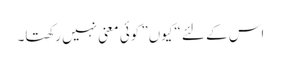
اس کے لئے “کیوں” کوئی معنی نہیں رکھتا۔